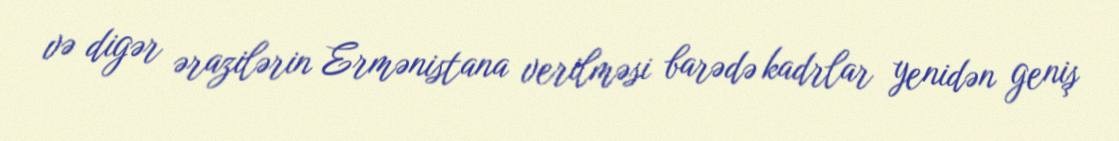
və digər ərazilərin Ermənistana verilməsi barədə kadrlar yenidən geniş